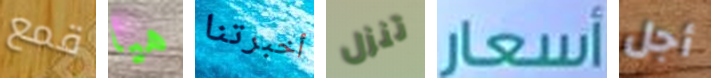
قمع هيا أخبرتنا تنزل أسعار أجل